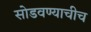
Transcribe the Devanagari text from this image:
सोडवण्याचीच